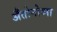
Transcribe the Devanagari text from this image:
अँतोनोव्ना